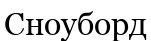
Сноуборд